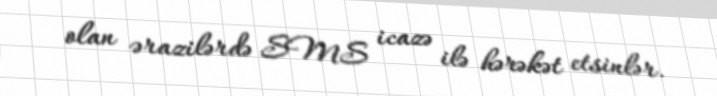
olan ərazilərdə SMS icazə ilə hərəkət etsinlər.